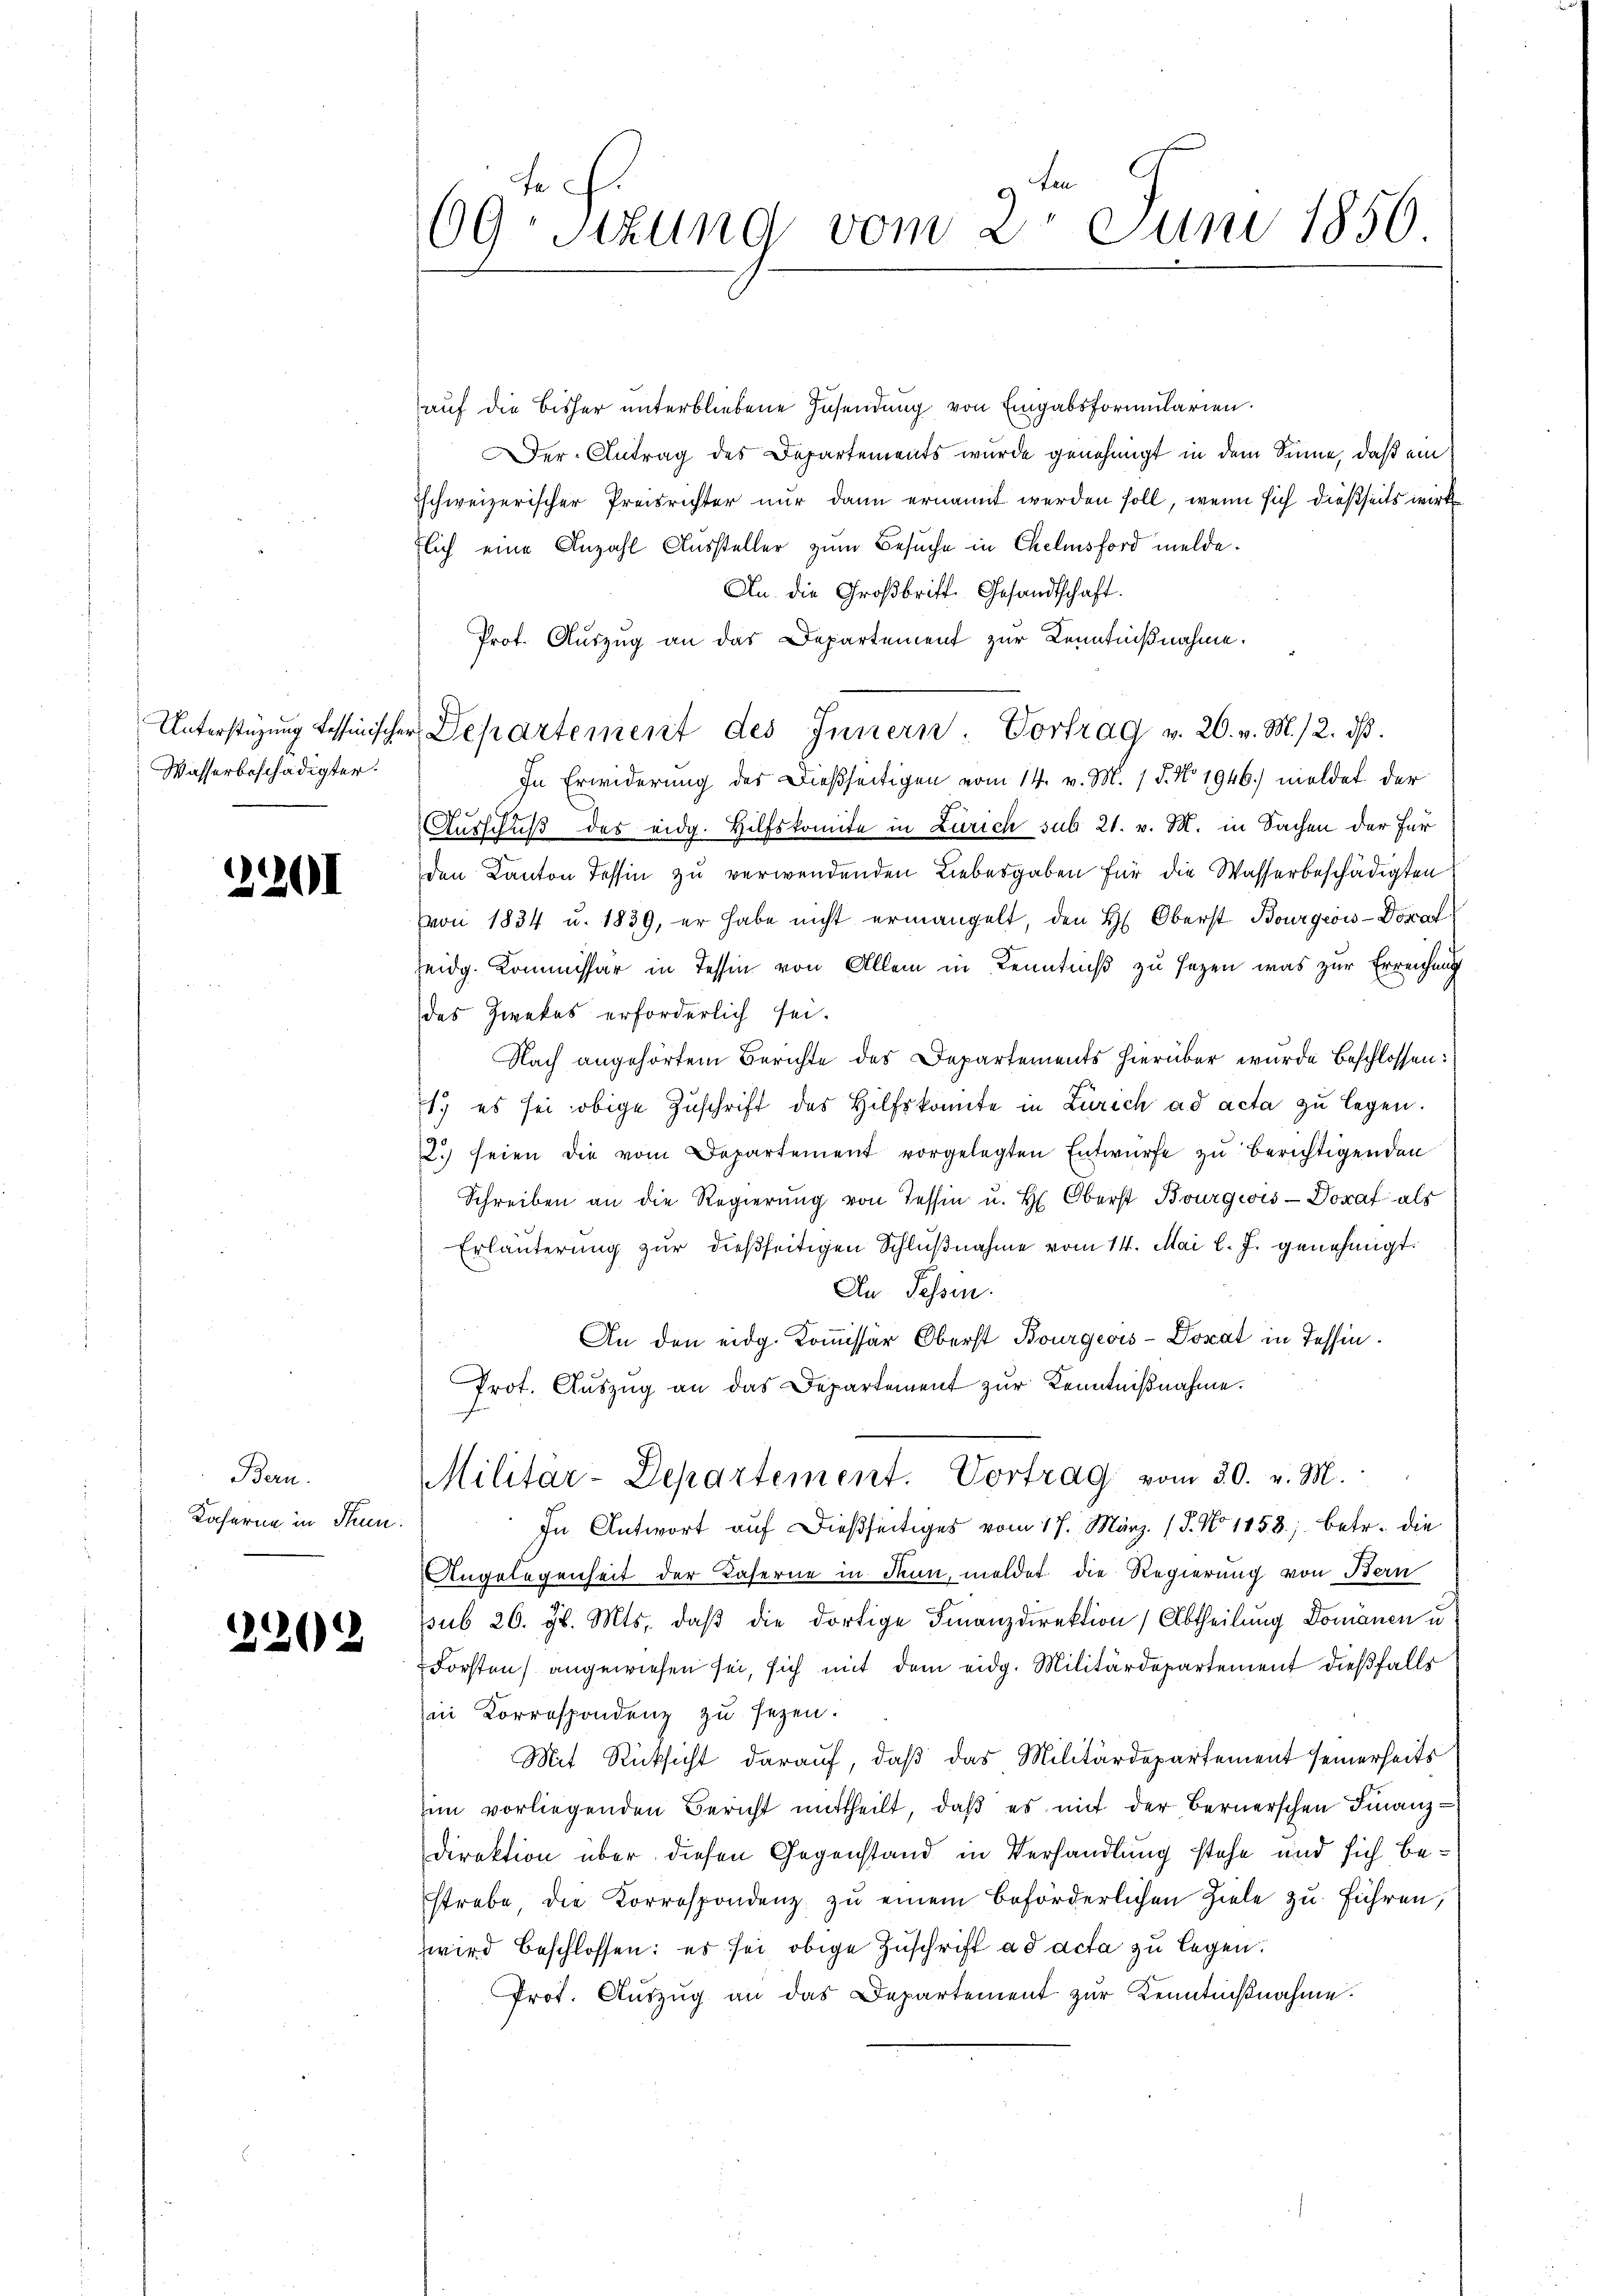
Unterstüzung dessinischen
Wasserbeschädigter:

2201

Bern.
Kaferne in Thun.

2202

69: Setzung vom 2. Juni 1856

auf die bisher unterbliebene Insendung von Eingabsformularien.
Der Antrag des Departements wurde genehmigt in dem Sinne, daß ein
schweizerischer Preisrichter nur dann ernannt werden soll, wenn sich dießseits wirk
lich eine Anzahl Aussteller zum Besuche in Chelmsford melde.
An die Großbritt. Gesandtschaft.
Prof. Auszug an das Departement zur Kenntnißnahme.
 Departement des Innern. Vortrag v. 20. v. M. 12. dβ.
In Erwiderung des Dießseitigen vom 14. v. M. 1. P. No. 1946. meldet der
Ausschuß des eidg. Hilfskomite in Zürich sub 21. v. M. in Sachen der für
den Kanton Tessin zu verwendenden Liebesgaben für die Wasserbeschädigten
von 1834 u. 1839, er habe nicht ermangelt, den H. Oberst Bourgeois-Dorat
Zeidg. Kommissär in Tessin von Allem in Kenntniß zu sezen, was zur Erreichung
des Zwekes erforderlich sei.
Nach angehörtem Berichte des Departements hierüber wurde beschlossen:
1. es sei obige Zuschrift des Hilfskonnte in Zürich ad acta zu legen.
2) seien die vom Departement vorgelegten Entwurfe zu berichtigenden
Schreiben an die Regierŭng von Tessin u. H. Oberst Bourgwis-Doraf als
Erläuterung zur dießseitigen Schlußnahme vom 14. Mai l. J. genehmigt.
An Tessin.
An den eidg. Kommissär Oberst Bourgeois-Dorat in Tessin.
Prot. Aŭszŭg an das Departement zŭr Kenntniβnahme.
Militar-Departement. Vortrag vom 30. v. M.
In Antwort auf dießseitiges vom 17. März. 15. No 1158; betr. die
Angelegenheit der Kaserne in denn, meldet die Regierung von Bern
sub 26. gl. Mts. daß die dortige Finanzdirektion (Abtheilung Domanen u
Forsten angewiesen sei, sich mit dem eidg. Militärdepartement dießfalls
in Korrespondenz zu sezen.
Mit Rücksicht darauf, daß das Militärdepartement seinerseits
im vorliegenden Bericht mittheilt, daβ es mit der Bernerschen Finanz¬
Direktion über diesen Gegenstand in Verhandlung stehe und sich bestrebe die Korrespondenz zu einem beförderlichen Ziele zu führen,
wird beschlossen: es sei obige Zuschrift ad acta zu legen.
Prot. Aŭszŭg an das Departement zur Kenntnißnahme.